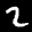
Label: 2